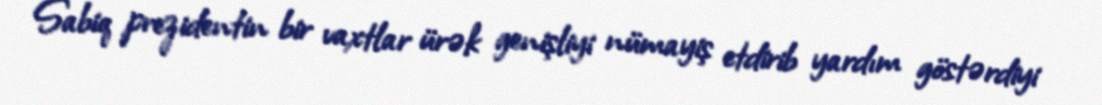
Sabiq prezidentin bir vaxtlar ürək genişliyi nümayiş etdirib yardım göstərdiyi